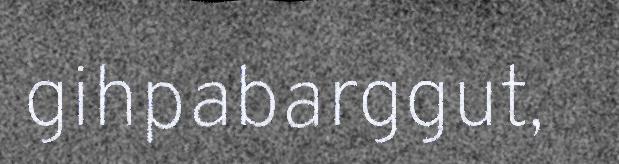
gihpabarggut,